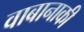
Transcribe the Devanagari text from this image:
वाबानाकी